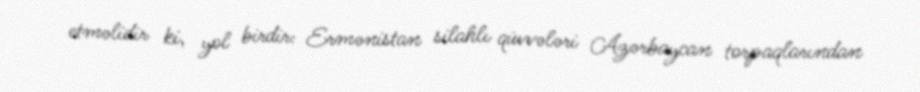
etməlidir ki, yol birdir: Ermənistan silahlı qüvvələri Azərbaycan torpaqlarından